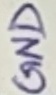
Text: GND